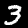
Digit: 3